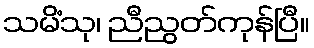
သမိံသု၊ ညီညွတ်ကုန်ပြီ။